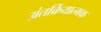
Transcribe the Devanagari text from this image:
अंतर्क्रियात्मक